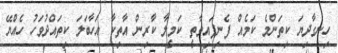
ހިނގާދިޔަ ކިތަންމެ ކަމެއް ފެނިފައިވާތީ ކަމީލާ ކާރިން އާތިކާ އަހާބަލަ ކިތައްދުވަހު ހެއްޔޭ